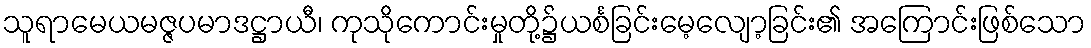
သူရာမေယမဇ္ဇပမာဒဋ္ဌာယီ၊ ကုသိုကောင်းမှုတို့၌ယင်္စခြင်းမေ့လျော့ခြင်း၏ အကြောင်းဖြစ်သော